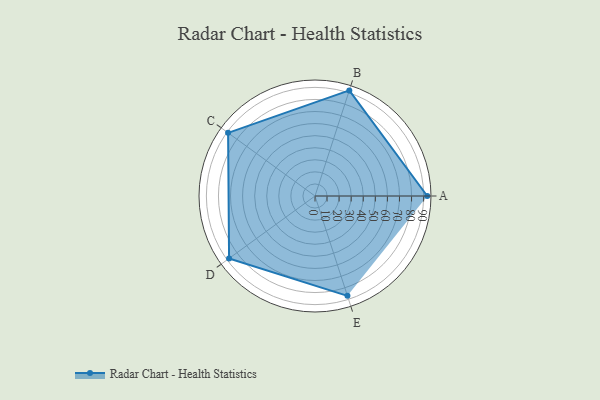
{"axis": {"x": "Skill", "y": "Score"}, "legend": ["Profile"], "data": [{"x": "A", "y": 93.0, "type": "Profile"}, {"x": "B", "y": 92.0, "type": "Profile"}, {"x": "C", "y": 89.0, "type": "Profile"}, {"x": "D", "y": 88.0, "type": "Profile"}, {"x": "E", "y": 87.0, "type": "Profile"}]}